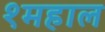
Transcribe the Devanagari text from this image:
१महाल